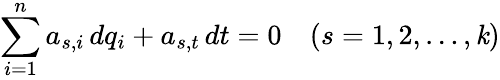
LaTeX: \sum_{i=1}^{n}a_{s,i}\, dq_{i}+a_{s,t}\, dt=0~~~~(s=1,2,\ldots,\mathit{k})